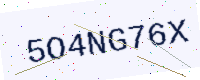
Text: 5O4NG76X